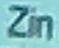
Zin